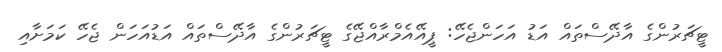
ޓީޗަރުންގެ އާދޭސްތައް އަޑު އަހަންޖެހޭ: ޕީއޭއެމްރާއްޖޭގެ ޓީޗަރުންގެ އާދޭސްތައް އަޑުއަހަން ޖެހޭ ކަމަށާއި